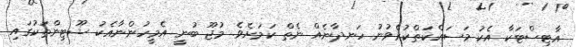
އާޓިސްޓަކާ އެކު މަސައްކަތްކުރެވުނު ހަނދާނެއް ނެތް ކަމަށެވެ. މުޖޫ ބުނީ އެމީހުންނާއެކު ޝޫޓިންތަކުގައި